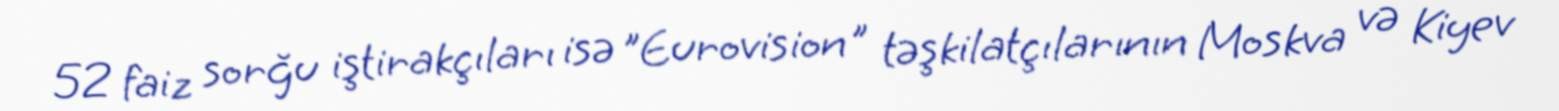
52 faiz sorğu iştirakçıları isə "Eurovision" təşkilatçılarının Moskva və Kiyev